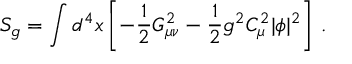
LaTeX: S _ { g } = \int d ^ { 4 } x \left[ - \frac { 1 } { 2 } G _ { \mu \nu } ^ { 2 } - \frac { 1 } { 2 } g ^ { 2 } C _ { \mu } ^ { 2 } | \phi | ^ { 2 } \right] \, .